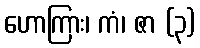
ဟောကြား၊ ကံ၊ ဇာ (၃)